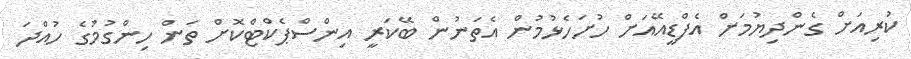
ކުރިއަށް ގެންދިޔުމަށް އެފްޑީއޭއަށް ހުށަހެޅުމުން އެތަނުން ބޭކަރީ އިންސްޕެކްޓްކޮށް ތަން ހިންގުމުގެ ހުއްދަ